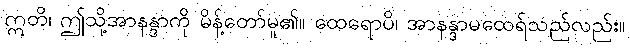
ဣတိ၊ ဤသို့အာနန္ဒာကို မိန့်တော်မူ၏။ ထေရောပိ၊ အာနန္ဒာမထေရ်သည်လည်း။